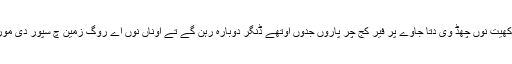
کوخ دی ایس کھوج نال اے پتہ چلیا جے کیوں اک کھیت نوں چھڈ وی دتا جاوے پر فیر کج چر پاروں جدوں اوتھے ڈنگر دوبارہ رہن گے تے اوناں نوں اے روگ زمین چ سپور دی مورت دے اینتھریکس جراسیماں کولوں لگ جاوے گا۔